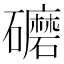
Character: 礳